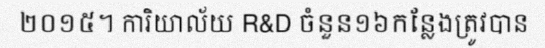
២០១៥។ ការិយាល័យ R&D ចំនួន១៦កន្លែងត្រូវបាន